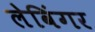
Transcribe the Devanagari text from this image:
लेविंगर